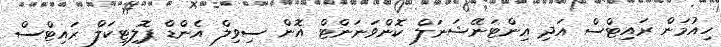
ހިއުމަން ރައިޓްސް އަދި އިންޓަނޭޝަނަލް ކޮންވަނަންޓް އޮން ސިވިލް އެންޑް ޕޮލިޓިކަލް ރައިޓްސް